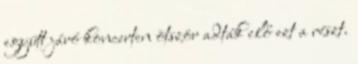
együtt járó koncerten ötször adták elő ezt a részt.